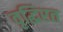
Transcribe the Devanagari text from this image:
वृद्धिरत